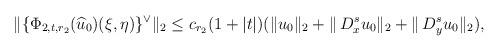
LaTeX: \begin{align*} \begin{aligned} \| \{ \Phi_{2,t,r_2}(\widehat u_0)(\xi,\eta)\}^{\lor}\|_2 \leq c_{r_2}(1+|t|) (\|u_0\|_2 + \|\,D_x^{s}u_0\|_2 + \|\,D_y^{s}u_0\|_2), \end{aligned} \end{align*}